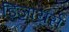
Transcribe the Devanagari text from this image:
ड़िज़ायर्स